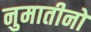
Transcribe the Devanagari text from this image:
नुमातीनो